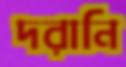
দরানি